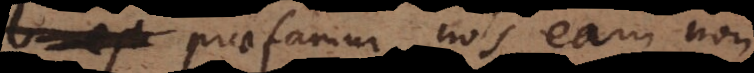
praefamur, nos eam non